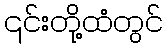
၎င်းတို့ထံတွင်